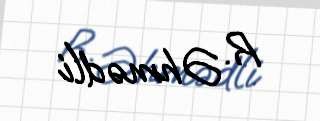
R. Əhmədli